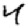
Digit: 4